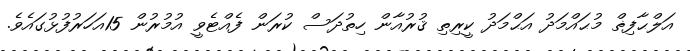
އަލްޙާފިޡް މުޙައްމަދު އަޙްމަދު ކީރިތި ޤުރުއާން ހިތުދަސް ކުރަން ފެއްޓެވީ އުމުރުން 15އަހަރުފުޅުގައެވެ.